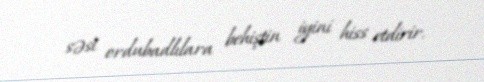
səsi ordubadlılara behiştin iyini hiss etdirir.